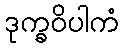
ဒုက္ခဝိပါကံ